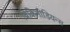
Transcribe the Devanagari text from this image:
विकिमीडियन्स